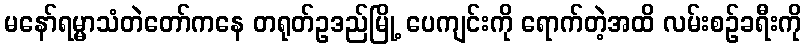
မနော်ရမ္မာသံတဲတော်ကနေ တရုတ်ဥဒည်မြို့ ပေကျင်းကို ရောက်တဲ့အထိ လမ်းစဉ်ခရီးကို